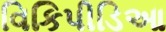
વિકિપીડિઆ